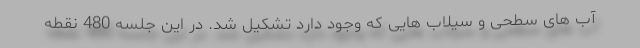
آب های سطحی و سیلاب هایی که وجود دارد تشکیل شد. در این جلسه 480 نقطه